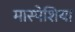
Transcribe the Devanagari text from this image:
मास्पेशिया